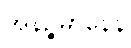
အနိဉ္ဇမာနေန